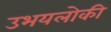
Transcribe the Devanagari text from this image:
उभयलोकी